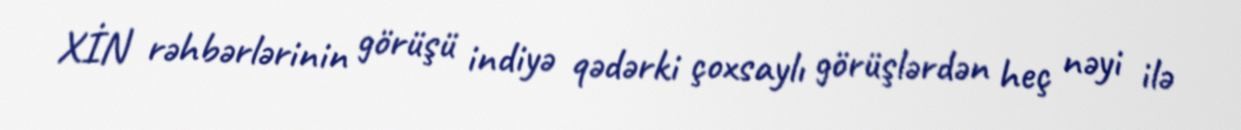
XİN rəhbərlərinin görüşü indiyə qədərki çoxsaylı görüşlərdən heç nəyi ilə